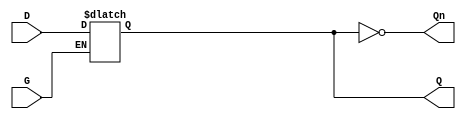
module gated_latch (
    input wire D,    // Data Input
    input wire G,    // Gate / Enable Signal
    output reg Q,    // Output
    output wire Qn   // Complement of Output
);

    // Assign the complement of Q
    assign Qn = ~Q;

    // Always block to model the behavior of the gated latch
    always @(*) begin
        if (G) begin
            // When G is high, Q follows D
            Q = D;
        end
        // When G is low, Q retains its previous value (hold state)
    end

endmodule